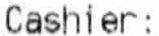
CASHIER: